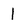
Character: l